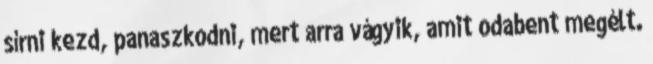
sírni kezd, panaszkodni, mert arra vágyik, amit odabent megélt.